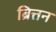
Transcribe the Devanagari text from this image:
ब्रित्तन